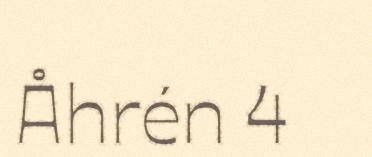
Åhrén 4